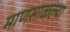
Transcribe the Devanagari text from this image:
माणसाळल्या